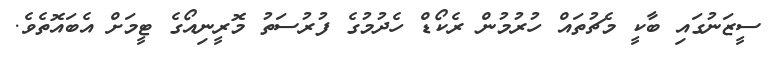
ސީޒަނުގައި ބާކީ މެޗުތައް ހުރުމުން ރެކޯޑް ހެދުމުގެ ފުރުސަތު މޮރީނިއޯގެ ޓީމަށް އެބައޮތެވެ.